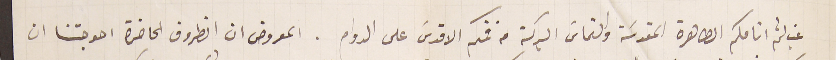
غب لثم انامكم الطاهرة المقدسَة والتماس البركة من فمكم الاقدسَ على الدوام. المعروض ان الظروف الحاضرة احوجتنا ان